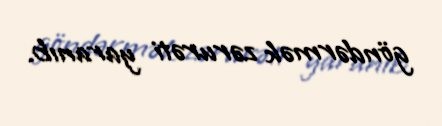
göndərmək zərurəti yaranıb.